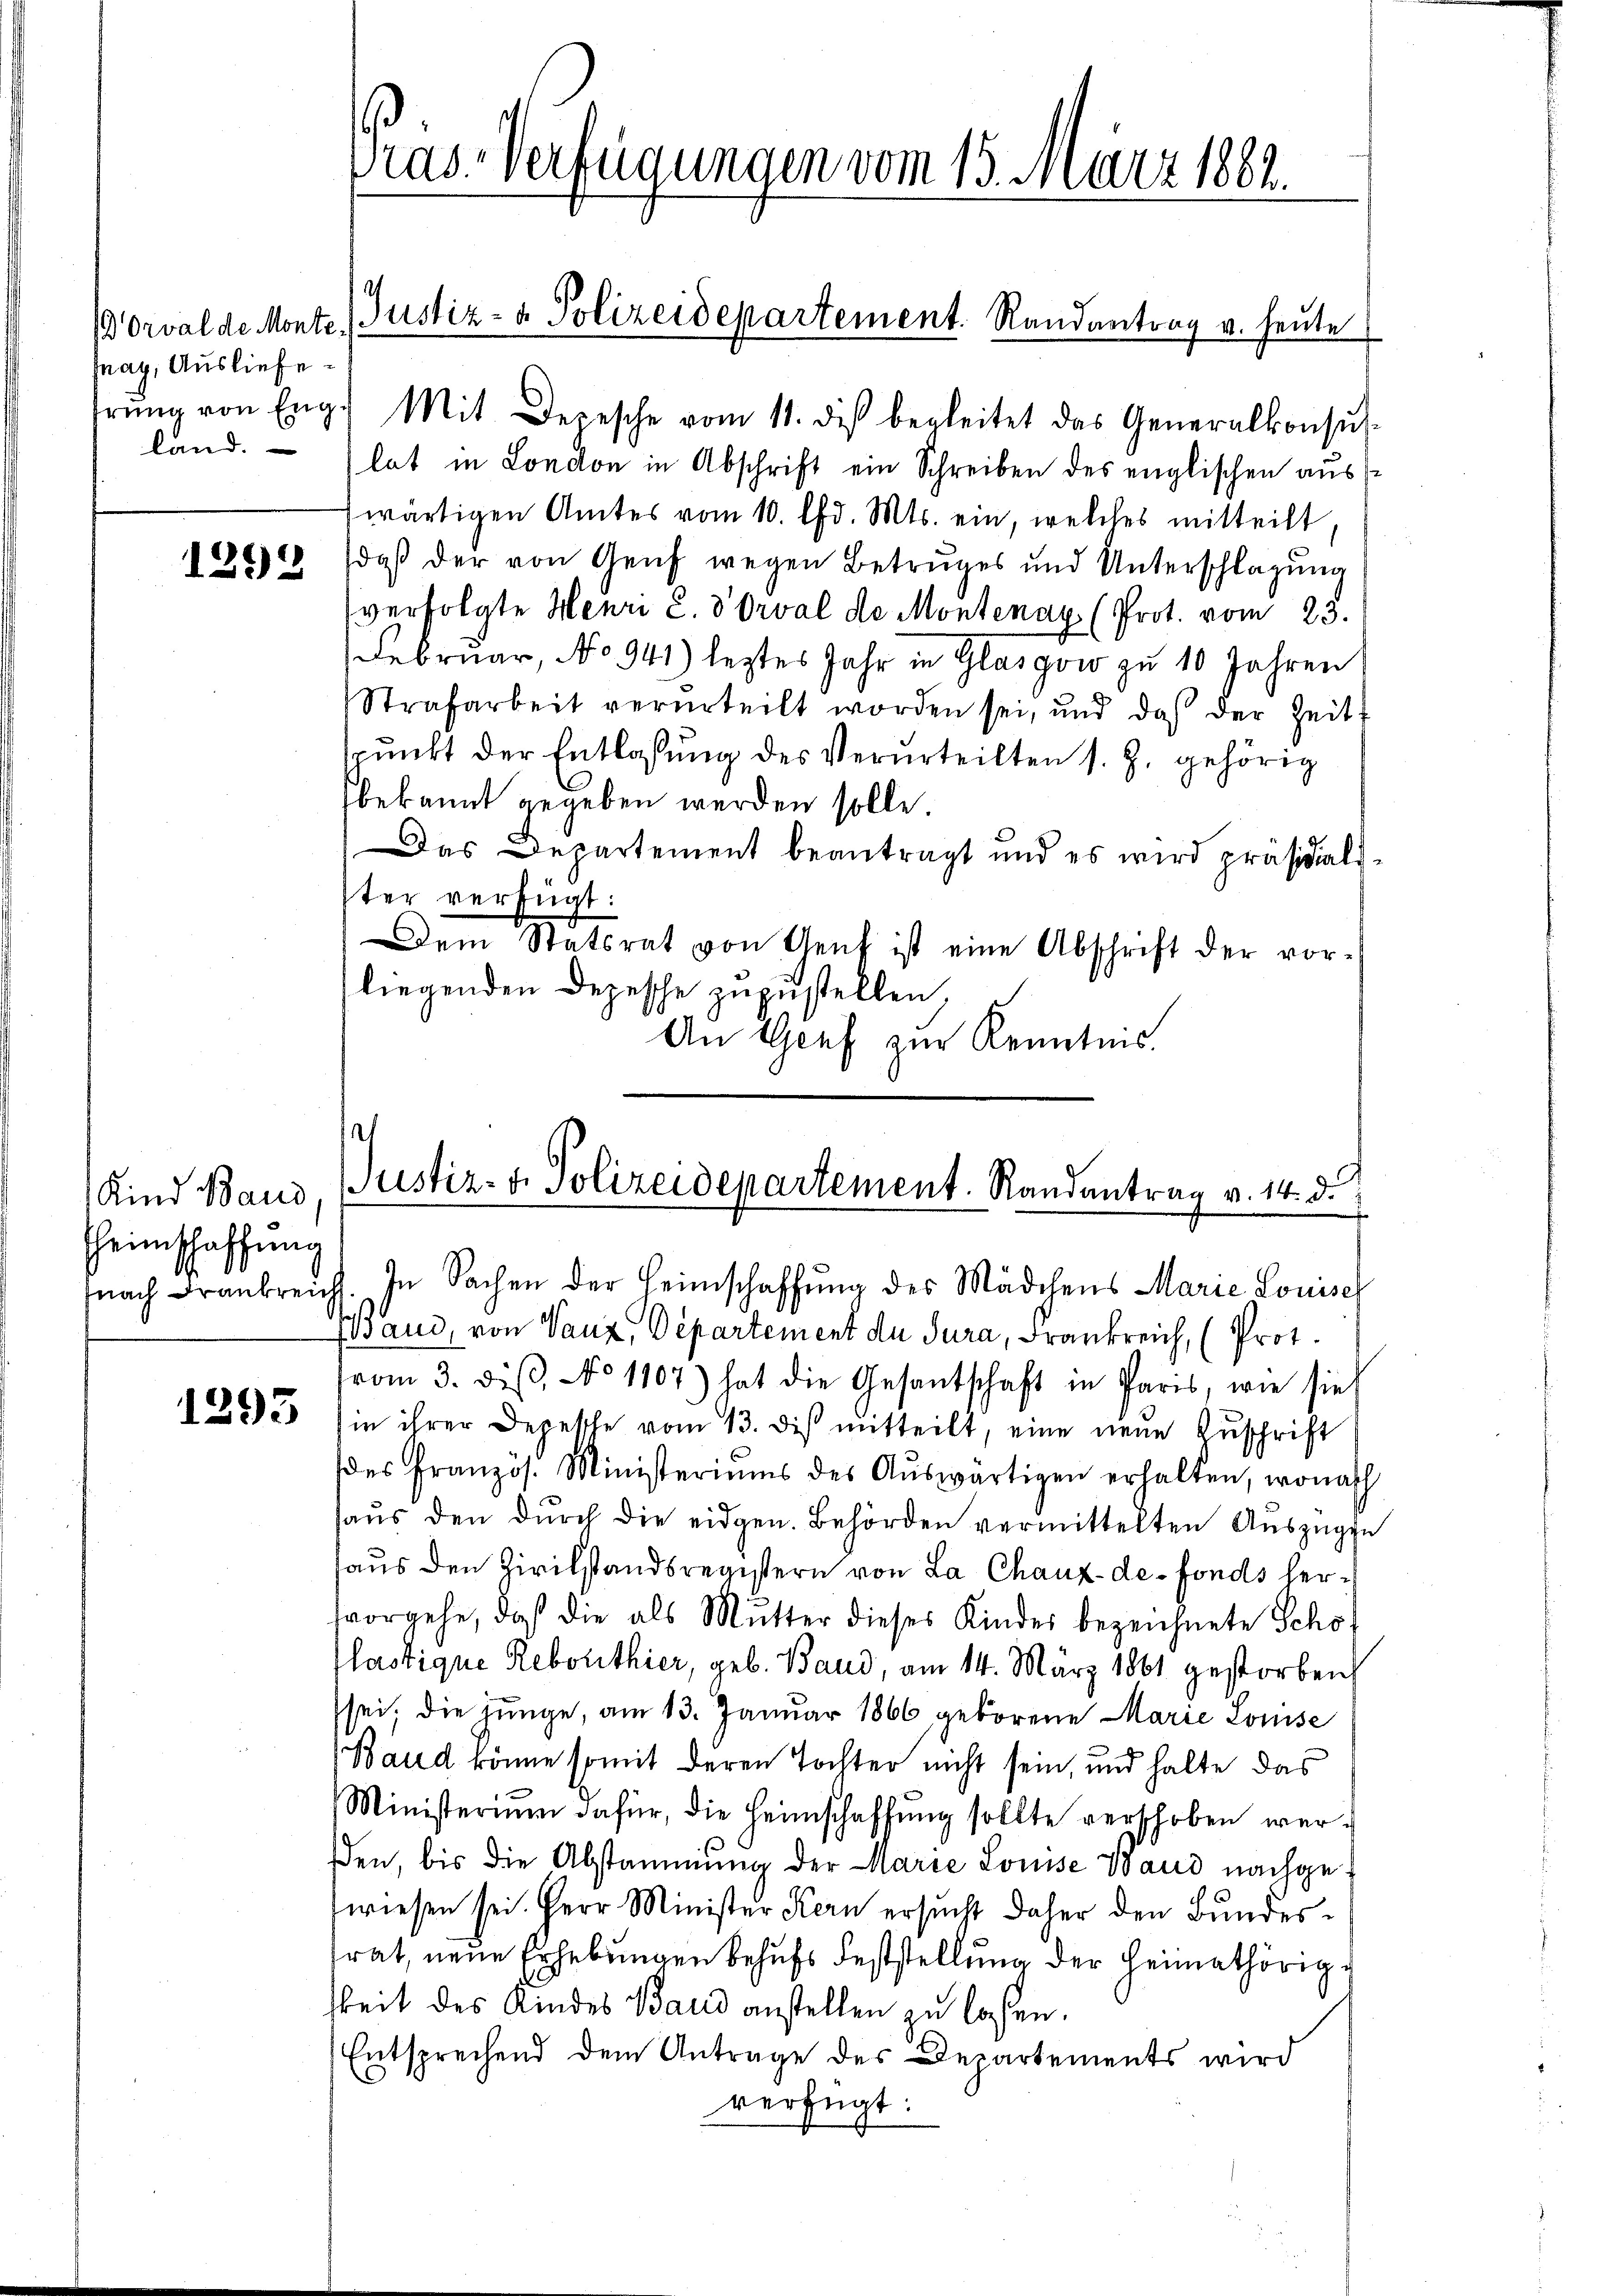
13 Orval de Monte.
May, Ausliefe

1298

Kind Baud
Heimschaffung

1293

Tras-Verfügungen vom 13. März 1882.

Justiz- & Polizeidepartement. Randantrag v. heute

trŭng von Eng.) Mit Depesche vom 11. des begleitet das Generalkonsŭs-
land. - (lat in London in Abschrift ein Schreiben des englischen auswärtigen Amtes vom 10. Chr. Mts. ein, welches mitteilt,
daß der von Genf wegen Betruges und Unterschlagung
verfolgte Henri C. 8 Orval de Montenay (Prot. vom 23.
Februar, No 941) leztes Jahr in Glasgow zu 10 Jahren
Strafarbeit verurteilt worden sei, und daß der Zeit
spunkt der Entlassŭng des Verurteilten s. Z. gehörig
bekannt gegeben werden solle.
Das Departement beantragt und es wird präsidial-
ter verfügt:
Dem Statsrat von Genf ist eine Abschrift der vor-
liegenden Depesche zuzustellen,
An Genf zur Kenntnis.

I
Justiz- & Polizeidepartement. Randantrag v. 14. d.
fnach Frankreich. In Sachen der Heimschaffŭng des Mädchens Marie Louise

Band, von Vanz, Departement de Jura, Frankreich, (Prot.
vom 3. diβ, No 1107.) hat die Gesantschaft in Paris, wie sie
in ihrer Depesche vom 13. des mitteilt, eine neŭe Zŭschrift
des Französ. Ministeriums des Aŭswärtigen erhalten, wonach
haŭs den dŭrch die eidgen. Behörden vermittelten Aŭszügen
haus den Zivilstandsregistern von La Chaux-de-Fonds hervorgehe, daß die als Mutter dieses Kinder bezeichnete Schö
lastique Reborthier, geb. Band, am 14. März 1861 gestorben
sei; die junge, am 13. Januar 1866 geborene Marie Louise
Band könne somit deren Tochter nicht sein, und halte das
Ministerium dafür, die Heimschaffŭng sollte verschoben wer-
den, bis die Abstammung der Marie Louise Baud nachgewiesen sei. Herr Minister Kern ersucht daher den Bundesrat, neue Erhebungen behufs Feststellung der Heimathörig
keit des Kindes Band anstellen zu lassen.
Entsprechend dem Antrage des Departements wird
verfügt: